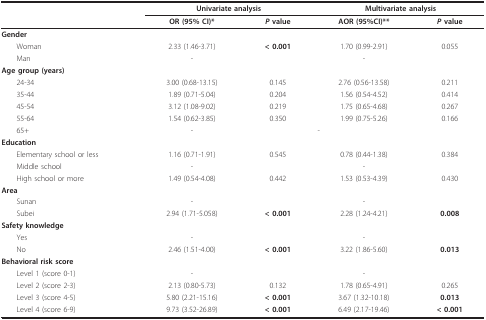
|  | <COLSPAN=2> Univariate analysis | <COLSPAN=2> Multivariate analysis |
 |  | OR (95% CI)* | P value | AOR (95%CI)** | P value |
 | --- | --- | --- | --- | --- |
 | Gender |  |  |  |  |
 | Woman | 2.33 (1.46-3.71) | < 0.001 | 1.70 (0.99-2.91) | 0.055 |
 | Man | - |  | - |  |
 | Age group (years) |  |  |  |  |
 | 24-34 | 3.00 (0.68-13.15) | 0.145 | 2.76 (0.56-13.58) | 0.211 |
 | 35-44 | 1.89 (0.71-5.04) | 0.204 | 1.56 (0.54-4.52) | 0.414 |
 | 45-54 | 3.12 (1.08-9.02) | 0.219 | 1.75 (0.65-4.68) | 0.267 |
 | 55-64 | 1.54 (0.62-3.85) | 0.350 | 1.99 (0.75-5.26) | 0.166 |
 | 65+ | - |  | - |  |
 | Education |  |  |  |  |
 | Elementary school or less | 1.16 (0.71-1.91) | 0.545 | 0.78 (0.44-1.38) | 0.384 |
 | Middle school | - |  | - |  |
 | High school or more | 1.49 (0.54-4.08) | 0.442 | 1.53 (0.53-4.39) | 0.430 |
 | Area |  |  |  |  |
 | Sunan | - |  | - |  |
 | Subei | 2.94 (1.71-5.058) | < 0.001 | 2.28 (1.24-4.21) | 0.008 |
 | Safety knowledge |  |  |  |  |
 | Yes | - |  | - |  |
 | No | 2.46 (1.51-4.00) | < 0.001 | 3.22 (1.86-5.60) | 0.013 |
 | Behavioral risk score |  |  |  |  |
 | Level 1 (score 0-1) | - |  | - |  |
 | Level 2 (score 2-3) | 2.13 (0.80-5.73) | 0.132 | 1.78 (0.65-4.91) | 0.265 |
 | Level 3 (score 4-5) | 5.80 (2.21-15.16) | < 0.001 | 3.67 (1.32-10.18) | 0.013 |
 | Level 4 (score 6-9) | 9.73 (3.52-26.89) | < 0.001 | 6.49 (2.17-19.46) | < 0.001 |